Vaccination in Burma 1889-1999 - 1889-1999
Year: 1889
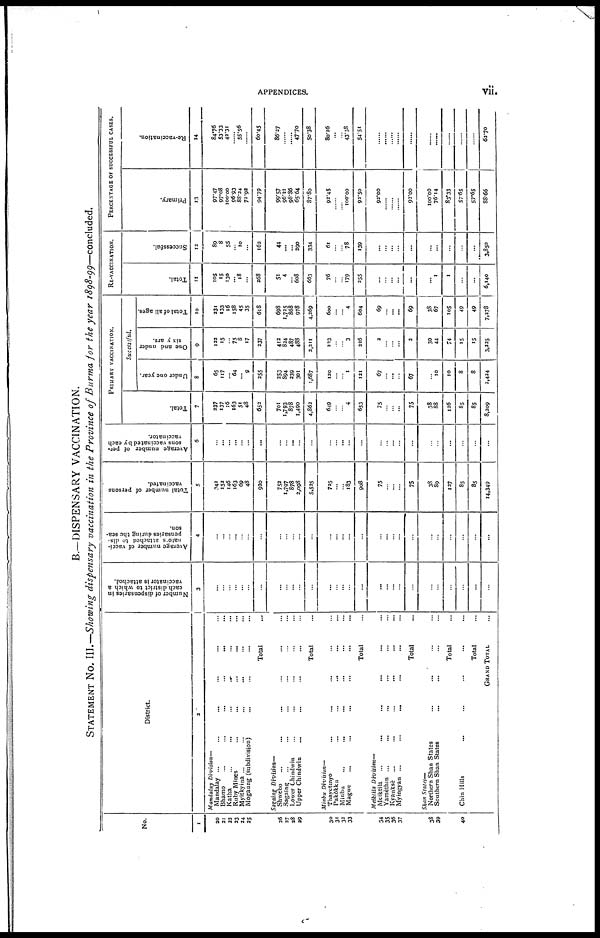
APPENDICES.
vii.
B.—DISPENSARY VACCINATION.
STATEMENT NO. III.—Showing dispensary vaccination in the Province of Burma for the year 1898-99—concluded.
No.
1
20
21
22
23
24
25
26
27
28
29
30
31
32
33
34
35
36
37
38
39
40
District.
2
Mandalay Division—
Mandalay ... ... ... ... ... ...
Bhamo
...
...
...
...
... ...
Katha ... ... ... ... ... ...
Ruby Mines ... ... ... ... ...
Myitkyina ... ... ... ... ... ...
Mogaung (subdivision) ... ... ... ...
Total ...
Sagaing Division—
Shwebo ... ... ... ... ...
Sagaing ... ... ... ... ...
Lower Chindwin ... ... ... ... ...
Upper Chindwin ... ... ... ... ...
Total
Minbu Division—
Thayetiyo ... ... ... ... ...
Pakôkku ... ... ... ... ...
Minbu ... ... ... ... ...
Magwe
...
...
...
...
...
...
Total ...
Meiktila Division—
Meiktila
... ... ... ... ...
Yamèthin ... ... ... ... ... ...
Kyauksè ... ... ... ... ... ...
Myingyan ...
...
... ... ... ...
Total
Shan States—
Northern Shan States ... ...
Southern Shan States ... ...
Total ...
Chin Hills ... ... ... ... ...
Total ...
GRAND TOTAL ...
Number of dispensaries in
each district to which a
vaccinator is attached.
3
...
...
...
...
...
...
...
...
...
...
...
...
...
... ...
...
...
...
...
...
...
...
...
...
...
...
...
...
Average number of vacci-
nator attached to dis-
pensaries during the sea-
son.
4
...
...
...
...
...
...
...
...
...
...
...
...
...
...
...
...
...
...
...
...
...
...
...
...
...
...
...
Total number of persons
vaccinated.
5
342
153
146
163
69
48
920
753
1,797
878
2,098
5,535
725
...
... 183
908
75
...
...
...
75
38
89
127
85
85
14,349
Average number of per-
sons vaccinated by each
vaccinator.
6
...
...
...
...
...
...
...
...
... ...
...
...
...
... ...
...
...
...
...
...
...
...
...
...
...
...
...
PRIMARY VACCINATION.
Total.
7
337
137
16
163
51
48
653
701
1,793
878
1,490
4,862
649
...
... 4
653
75
...
... ...
75
38
88
126
85
85
8,309
Successful.
Under one year.
8
65
117
... 64
... 9
255
253
894
339
301
1,687
120
...
... 1
121
67
... ...
...
67
... 10
10
8
8
2,434
One and under
six years.
9
132
15
... 75
8
17
237
412
824
487
488
2,211
223
...
... 3
226
2
...
...
...
2
30
44
74
15
15
3,225
Total of all ages.
10
231
133
16
158
45
35
618
698
1,725
868
978
4,369
600
...
... 4
604
69
... ...
...
69
38
67
105
49
49
7,278
RE-VACCINATION.
Total.
11
105
15
130
... 18
...
268
51
4
... 608
663
76
...
... 179
355
...
...
... ...
...
... 1
1
...
...
6,140
Successful.
12
89
8
55
... 10
...
162
44
...
... 290
334
61
...
... 78
139
...
...
...
...
...
...
...
...
...
...
3,850
PERCENTAGE OF SUCCESSFUL CASES.
Primary.
13
97.47
97.08
100.00
96.93
88.24
72.92
94.79
99.57
96.21
98.36
65.64
87.80
92.45
......
...... 100.00
92.50
92.00
......
......
......
92.00
100.00
76.14
83.33
57.65
57.65
88.66
Re-vaccination.
14
84.76
53.33
43.31
...
55.56
...
60.45
86.37
......
...... 47.70
50.38
80.26
...
...
43.58
54.51
......
......
......
......
......
......
......
......
......
......
62.70